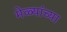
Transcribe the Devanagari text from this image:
मेळ्यांच्या